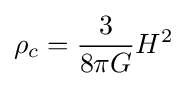
\rho _{c}={\frac {3}{8\pi G}}H^{2}